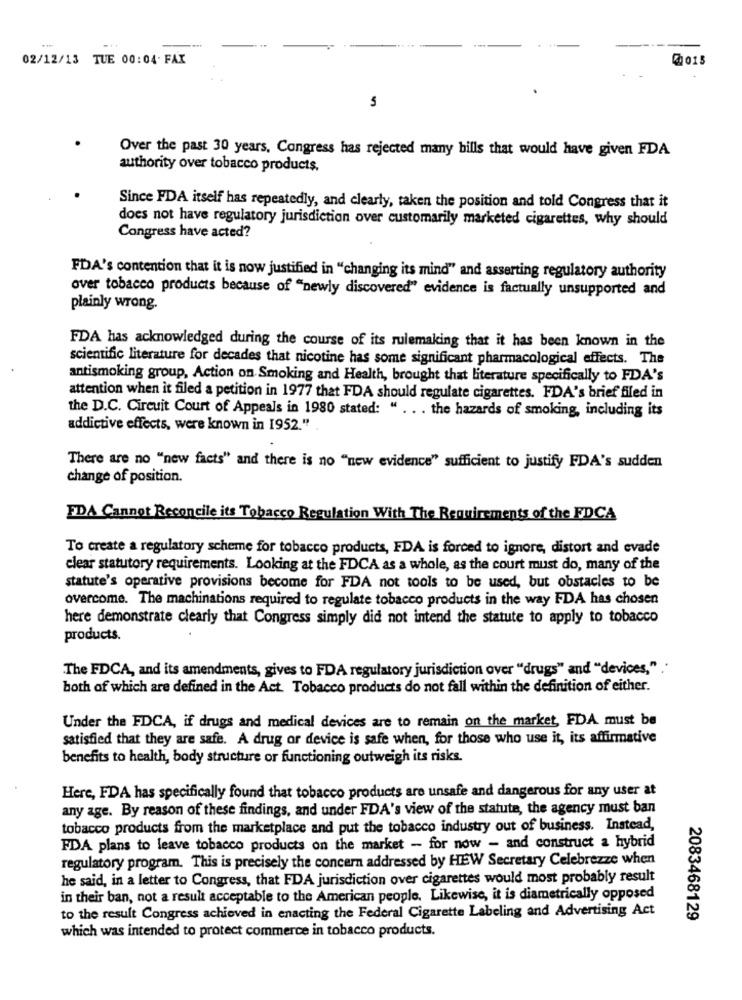
02/12/13 TUE 00:04- FAX
@015
5
Over the past 30 years, Congress has rejected many bills that would have given FDA
authority over tobacco products.
Since FDA itself has repeatedly, and clearly, taken the position and told Congress that it
does not have regulatory jurisdiction over customarily marketed cigarettes, why should
Congress have acted?
FDA's contention that it is now justified in "changing its mind" and asserting regulatory authority
over tobacco products because of "newly discovered" evidence is factually unsupported and
plainly wrong.
FDA has acknowledged during the course of its rulemaking that it has been known in the
scientific literature for decades that nicotine has some significant pharmacological effects. The
antismoking group, Action on Smoking and Health, brought that literature specifically to FDA's
attention when it filed a petition in 1977 that FDA should regulate cigarettes. FDA's brief filed in
the D.C. Circuit Court of Appeals in 1980 stated: " .. . the hazards of smoking, including its
addictive effects, were known in 1952."
There are no "new facts" and there is no "new evidence" sufficient to justify FDA's sudden
change of position.
FDA Cannot Reconcile its Tobacco Regulation With The Requirements of the EDCA
To create a regulatory scheme for tobacco products, FDA is forced to ignore, distort and evade
clear statutory requirements. Looking at the FDCA as a whole, as the court must do, many of the
statute's operative provisions become for FDA not tools to be used, but obstacles to be
overcome. The machinations required to regulate tobacco products in the way FDA has chosen
here demonstrate clearly that Congress simply did not intend the statute to apply to tobacco
products.
The FDCA, and its amendments, gives to FDA regulatory jurisdiction over "drugs" and "devices," .'
both of which are defined in the Act. Tobacco products do not fall within the definition of either.
Under the FDCA, if drugs and medical devices are to remain on the market, FDA must be
satisfied that they are safe. A drug or device is safe when, for those who use it, its affirmative
benefits to health, body structure or functioning outweigh its risks.
Here, FDA has specifically found that tobacco products are unsafe and dangerous for any user at
any age. By reason of these findings, and under FDA's view of the statute, the agency must ban
tobacco products from the marketplace and put the tobacco industry out of business. Instead,
FDA plans to leave tobacco products on the market - for now - and construct a hybrid
regulatory program. This is precisely the concern addressed by HEW Secretary Celebrezze when
he said, in a letter to Congress, that FDA jurisdiction over cigarettes would most probably result
in their ban, not a result acceptable to the American people. Likewise, it is diametrically opposed
to the result Congress achieved in enacting the Federal Cigarette Labeling and Advertising Act
2083468129
which was intended to protect commerce in tobacco products.